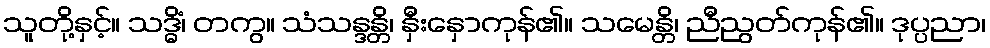
သူတို့နှင့်။ သဒ္ဓိံ၊ တကွ။ သံသန္ဒန္တိ၊ နှီးနှောကုန်၏။ သမေန္တိ၊ ညီညွတ်ကုန်၏။ ဒုပ္ပညာ၊